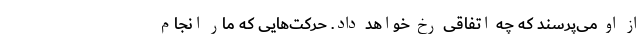
از او می‌پرسند که چه اتفاقی رخ خواهد داد. حرکت‌هایی که مار انجام